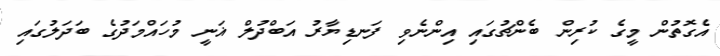
އެގޮތުން މީގެ ކުރިން ބެންޗުގައި އިންނެވި ފަނޑިޔާރު އަބްދުލް ޣަނީ މުހައްމަދުގެ ބަދަލުގައި